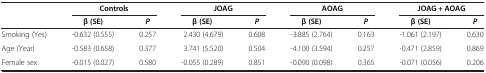
| <ROWSPAN=2>  | <COLSPAN=2> Controls | <COLSPAN=2> JOAG | <COLSPAN=2> AOAG | <COLSPAN=2> JOAG + AOAG |
 | β (SE) | P | β (SE) | P | β (SE) | P | β (SE) | P |
 | --- | --- | --- | --- | --- | --- | --- | --- | --- |
 | Smoking (Yes) | -0.632 (0.555) | 0.257 | 2.430 (4.679) | 0.608 | -3.885 (2.764) | 0.163 | -1.061 (2.197) | 0.630 |
 | Age (Year) | -0.583 (0.658) | 0.377 | 3.741 (5.520) | 0.504 | -4.100 (3.594) | 0.257 | -0.471 (2.859) | 0.869 |
 | Female sex | -0.015 (0.027) | 0.580 | -0.055 (0.289) | 0.851 | -0.090 (0.098) | 0.365 | -0.071 (0.056) | 0.206 |